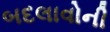
બદલાવોની